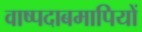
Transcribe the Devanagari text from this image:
वाष्पदाबमापियों